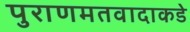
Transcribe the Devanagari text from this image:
पुराणमतवादाकडे